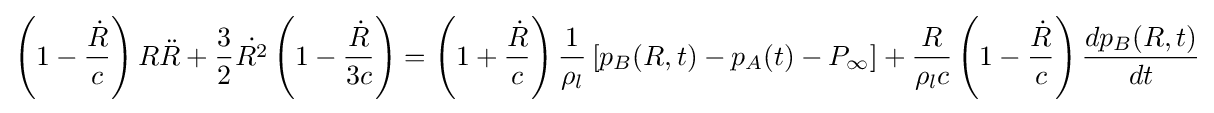
\left(1-{\frac {\dot {R}}{c}}\right)R{\ddot {R}}+{\frac {3}{2}}{\dot {R^{2}}}\left(1-{\frac {\dot {R}}{3c}}\right)=\left(1+{\frac {\dot {R}}{c}}\right){\frac {1}{\rho _{l}}}\left[p_{B}(R,t)-p_{A}(t)-P_{\infty }\right]+{\frac {R}{\rho _{l}c}}\left(1-{\frac {\dot {R}}{c}}\right){\frac {dp_{B}(R,t)}{dt}}